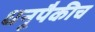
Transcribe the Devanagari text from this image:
धनूपैकीच